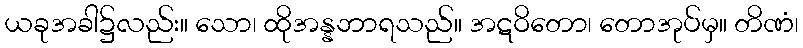
ယခုအခါ၌လည်း။ သော၊ ထိုအန္နဘာရသည်။ အဋဝိတော၊ တောအုပ်မှ။ တိဏံ၊